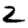
Digit: 2